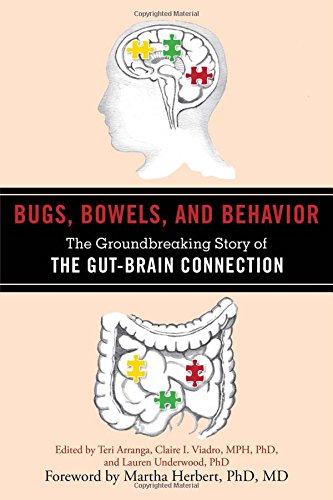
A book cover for Bugs, Bowels, and Behavior: The Groundbreaking Story of the Gut-Brain Connection; Health, Fitness & Dieting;